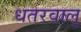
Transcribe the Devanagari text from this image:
धतरवाल्